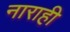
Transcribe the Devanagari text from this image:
नाराही